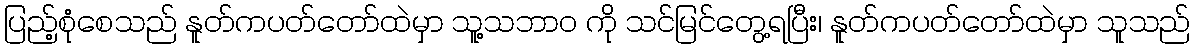
ပြည့်စုံစေသည် နူတ်ကပတ်တော်ထဲမှာ သူ့သဘာဝ ကို သင်မြင်တွေ့ရပြီး၊ နူတ်ကပတ်တော်ထဲမှာ သူသည်